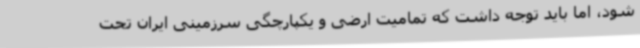
شود، اما باید توجه داشت که تمامیت ارضی و یکپارچگی سرزمینی ایران تحت